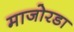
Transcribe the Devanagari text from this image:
माजोरडा